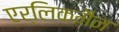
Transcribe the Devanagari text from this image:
एर्लिकमैन